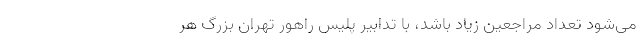
می‌شود تعداد مراجعین زیاد باشد، با تدابیر پلیس راهور تهران بزرگ هر